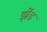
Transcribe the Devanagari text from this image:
झेंड